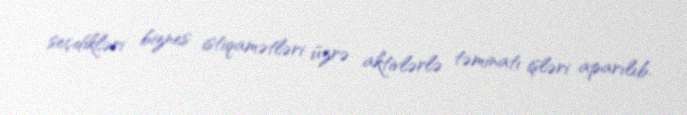
seçdikləri biznes istiqamətləri üzrə aktivlərlə təminatı işləri aparılıb.